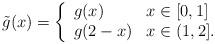
LaTeX: \begin{align*} \tilde{g}(x)=\left\{\begin{array}{ll} g(x) & x \in [0, 1]\\ g(2-x)& x \in (1, 2]. \end{array}\right.\end{align*}